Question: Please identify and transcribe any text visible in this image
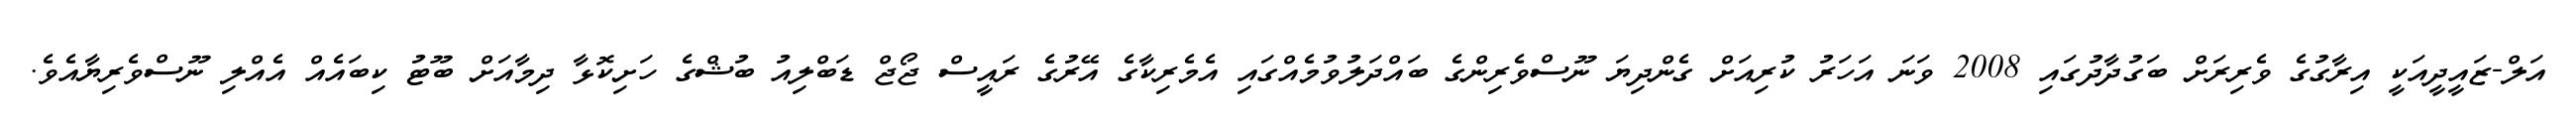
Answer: އަލް-ޒައީދީއަކީ އިރާގުގެ ވެރިރަށް ބަގުދާދުގައި 2008 ވަނަ އަހަރު ކުރިއަށް ގެންދިޔަ ނޫސްވެރިންގެ ބައްދަލުވުމެއްގައި އެމެރިކާގެ އޭރުގެ ރައީސް ޖޯޖް ޑަބްލިއު ބުޝްގެ ހަށިކޮޅާ ދިމާއަށް ބޫޓު ކިބައެއް އެއްލި ނޫސްވެރިޔާއެވެ.